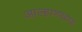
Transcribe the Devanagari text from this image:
आल्हाणखण्ड